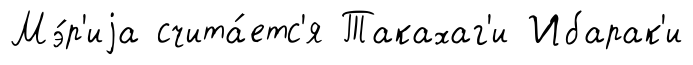
Мэ́р'иjа счита́етс'я Такахаг'и Ибарак'и